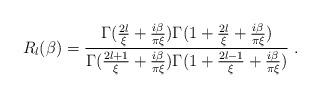
LaTeX: \begin{align*}R_l(\beta)={\Gamma({2l\over\xi}+{i\beta\over\pi\xi})\Gamma(1+{2l\over\xi}+{i\beta\over\pi\xi})\over \Gamma({2l+1\over\xi}+{i\beta\over\pi\xi})\Gamma(1+{2l-1\over\xi}+{i\beta\over\pi\xi}) }\ .\end{align*}